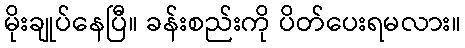
မိုးချုပ်နေပြီ။ ခန်းစည်းကို ပိတ်ပေးရမလား။